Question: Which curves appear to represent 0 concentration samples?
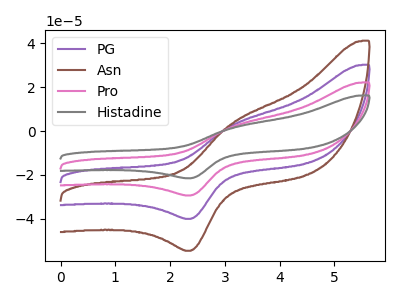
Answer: <think>The purple curve "PG" has an anodic peak at (3.15V, 2.95uA) and a cathodic peak at (2.40V, -40.10uA). The brown curve "Asn" has an anodic peak at (3.15V, 4.05uA) and a cathodic peak at (2.40V, -54.70uA). The pink curve "Pro" has an anodic peak at (3.15V, 5.95uA) and a cathodic peak at (2.40V, -80.25uA). The gray curve "Histadine" has an anodic peak at (3.15V, 8.90uA) and a cathodic peak at (2.40V, -120.35uA).</think>
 <answer>There are not any CV's on this graph that are likely to be blanks.</answer>
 <eval>none</eval>